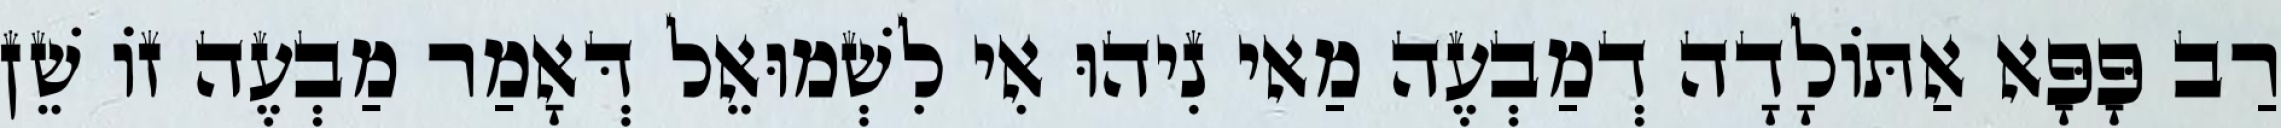
רַב פָּפָּא אַתּוֹלָדָה דְמַבְעֶה מַאי נִיהוּ אִי לִשְׁמוּאֵל דְּאָמַר מַבְעֶה זוֹ שֵׁן